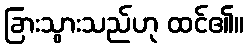
ခြားသွားသည်ဟု ထင်၏။